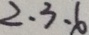
2 . 3 . 6